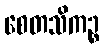
စေတသိကဉ္စ